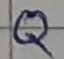
Text: Q